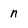
Character: n